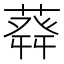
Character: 𦽬